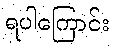
ရပါကြောင်း